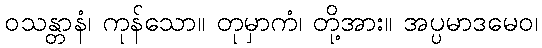
ဝသန္တာနံ၊ ကုန်သော။ တုမှာကံ၊ တို့အား။ အပ္ပမာဒမေဝ၊